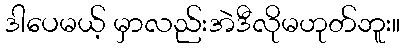
ဒါပေမယ့် မှာလည်းအဲဒီလိုမဟုတ်ဘူး။